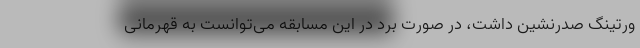
ورتینگ صدرنشین داشت، در صورت برد در این مسابقه می‌توانست به قهرمانی